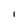
Character: I